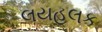
લયહલક